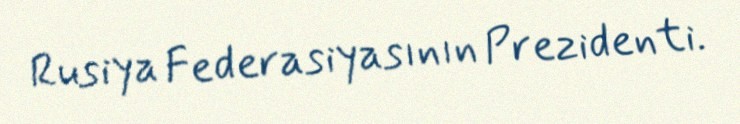
Rusiya Federasiyasının Prezidenti.